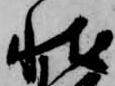
状